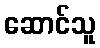
ဆောင်သူ